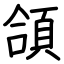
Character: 頜